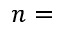
n =